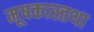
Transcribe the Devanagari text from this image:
मूषकास्तथा